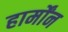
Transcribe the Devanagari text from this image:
हार्मोंन